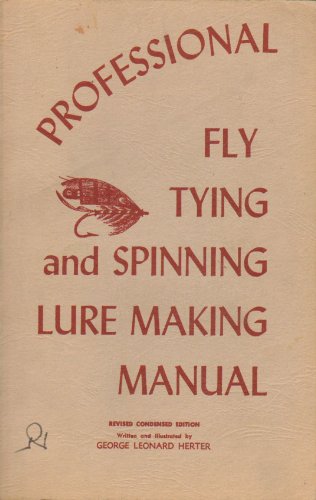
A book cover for Professional Fly Tying and Spinning Lure Making Manual; George Leonard Herter; Crafts, Hobbies & Home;